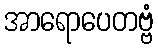
အာရောပေတဗ္ဗံ